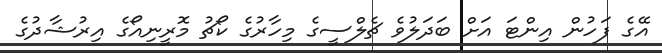
އޭގެ ފަހުން އިންޓަ އަށް ބަދަލުވެ ޗެލްސީގެ މިހާރުގެ ކޯޗު މޮރީނިއޯގެ އިރުޝާދުގެ